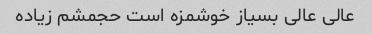
عالی عالی بسیاز خوشمزه است حجمشم زیاده